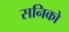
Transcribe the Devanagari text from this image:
सनिको